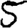
Digit: 5